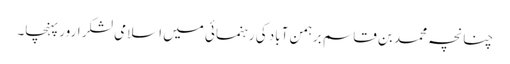
چنانچہ محمد بن قاسم برہمن آباد کی رہنمائی میں اسلامی لشکر ارور پہنچا۔